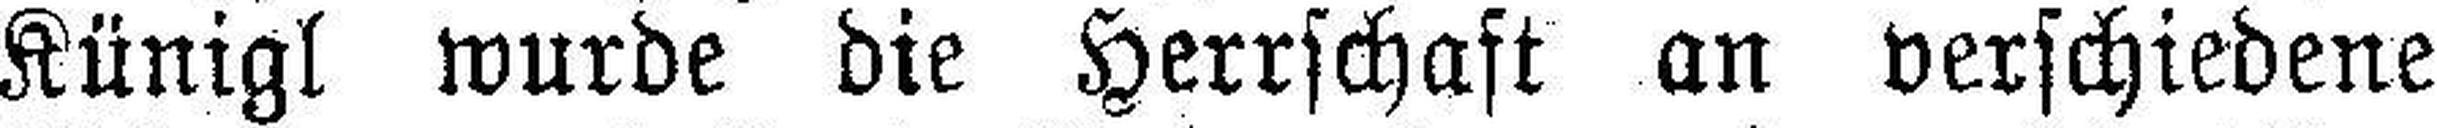
Künigl wurde die Herrschaft an verschiedene